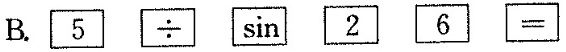
B.$$\boxed { 5 } \boxed { \div } \boxed { \sin } \boxed { 2 } \boxed { 6 } \boxed { = }$$